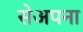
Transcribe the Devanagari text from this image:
सेअपना